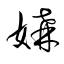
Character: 媾